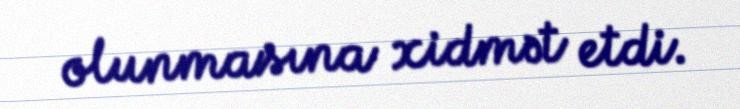
olunmasına xidmət etdi.